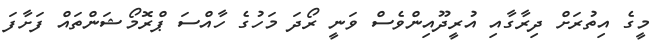
މީގެ އިތުރަށް ދިރާގާއި އުރީދޫއިންވެސް ވަނީ ރޯދަ މަހުގެ ހާއްސަ ޕްރޮމޯޝަންތައް ފަށާފަ